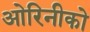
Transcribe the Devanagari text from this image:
ओरिनीको